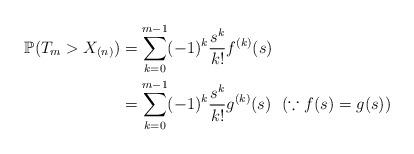
LaTeX: \begin{align*} \mathbb{P}(T_{m}>X_{(n)})&=\sum_{k=0}^{m-1}(-1)^{k}\frac{s^{k}}{k!}f^{(k)}(s)\\ &=\sum_{k=0}^{m-1}(-1)^{k}\frac{s^{k}}{k!}g^{(k)}(s)~~(\because f(s)=g(s))\end{align*}